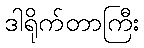
ဒါရိုက်တာကြီး